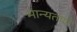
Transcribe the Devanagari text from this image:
मान्यताऐ